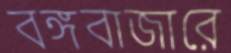
বঙ্গবাজারে